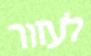
לעזור